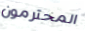
المحترمون